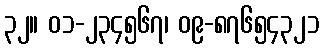
၃၂။ ၀၁-၂၃၄၅၆၇၊ ၀၉-၈၇၆၅၄၃၂၁